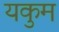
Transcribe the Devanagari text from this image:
यकुम